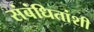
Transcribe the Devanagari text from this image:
संबंधितांशी